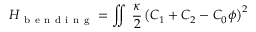
H _ { \mathrm { ~ b ~ e ~ n ~ d ~ i ~ n ~ g ~ } } = \iint \; \frac { \kappa } { 2 } \left( C _ { 1 } + C _ { 2 } - C _ { 0 } \phi \right) ^ { 2 }